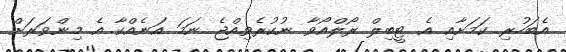
އެބަހުރި ކަމަށާއި އެ ޓީބިލް ރޯލްއޯވާ ނުކުރެވިއްޖެ ނަމަ އަނެއްކާ އެ މިންވަރަށް